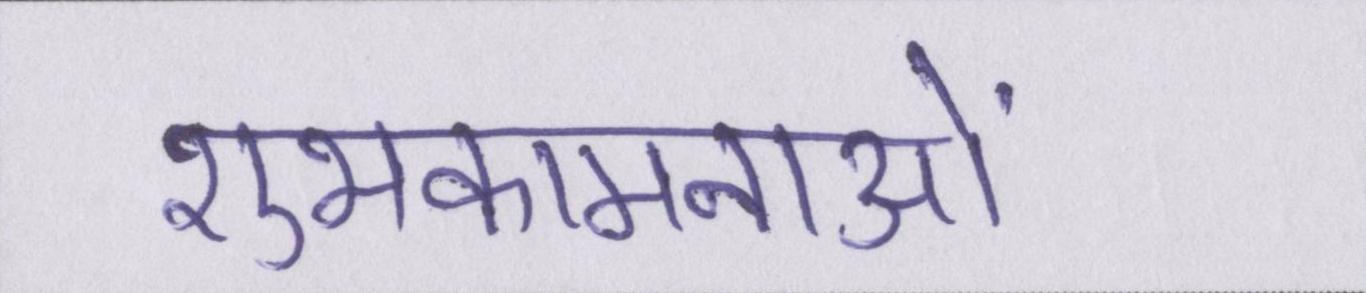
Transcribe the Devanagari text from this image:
शुभकामनाओं